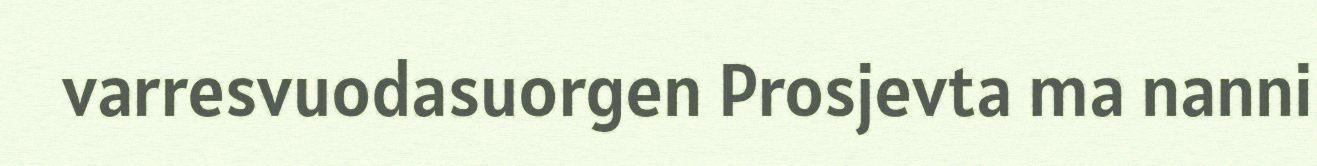
varresvuodasuorgen Prosjevta ma nanni